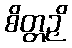
စိတ္တဉှိ